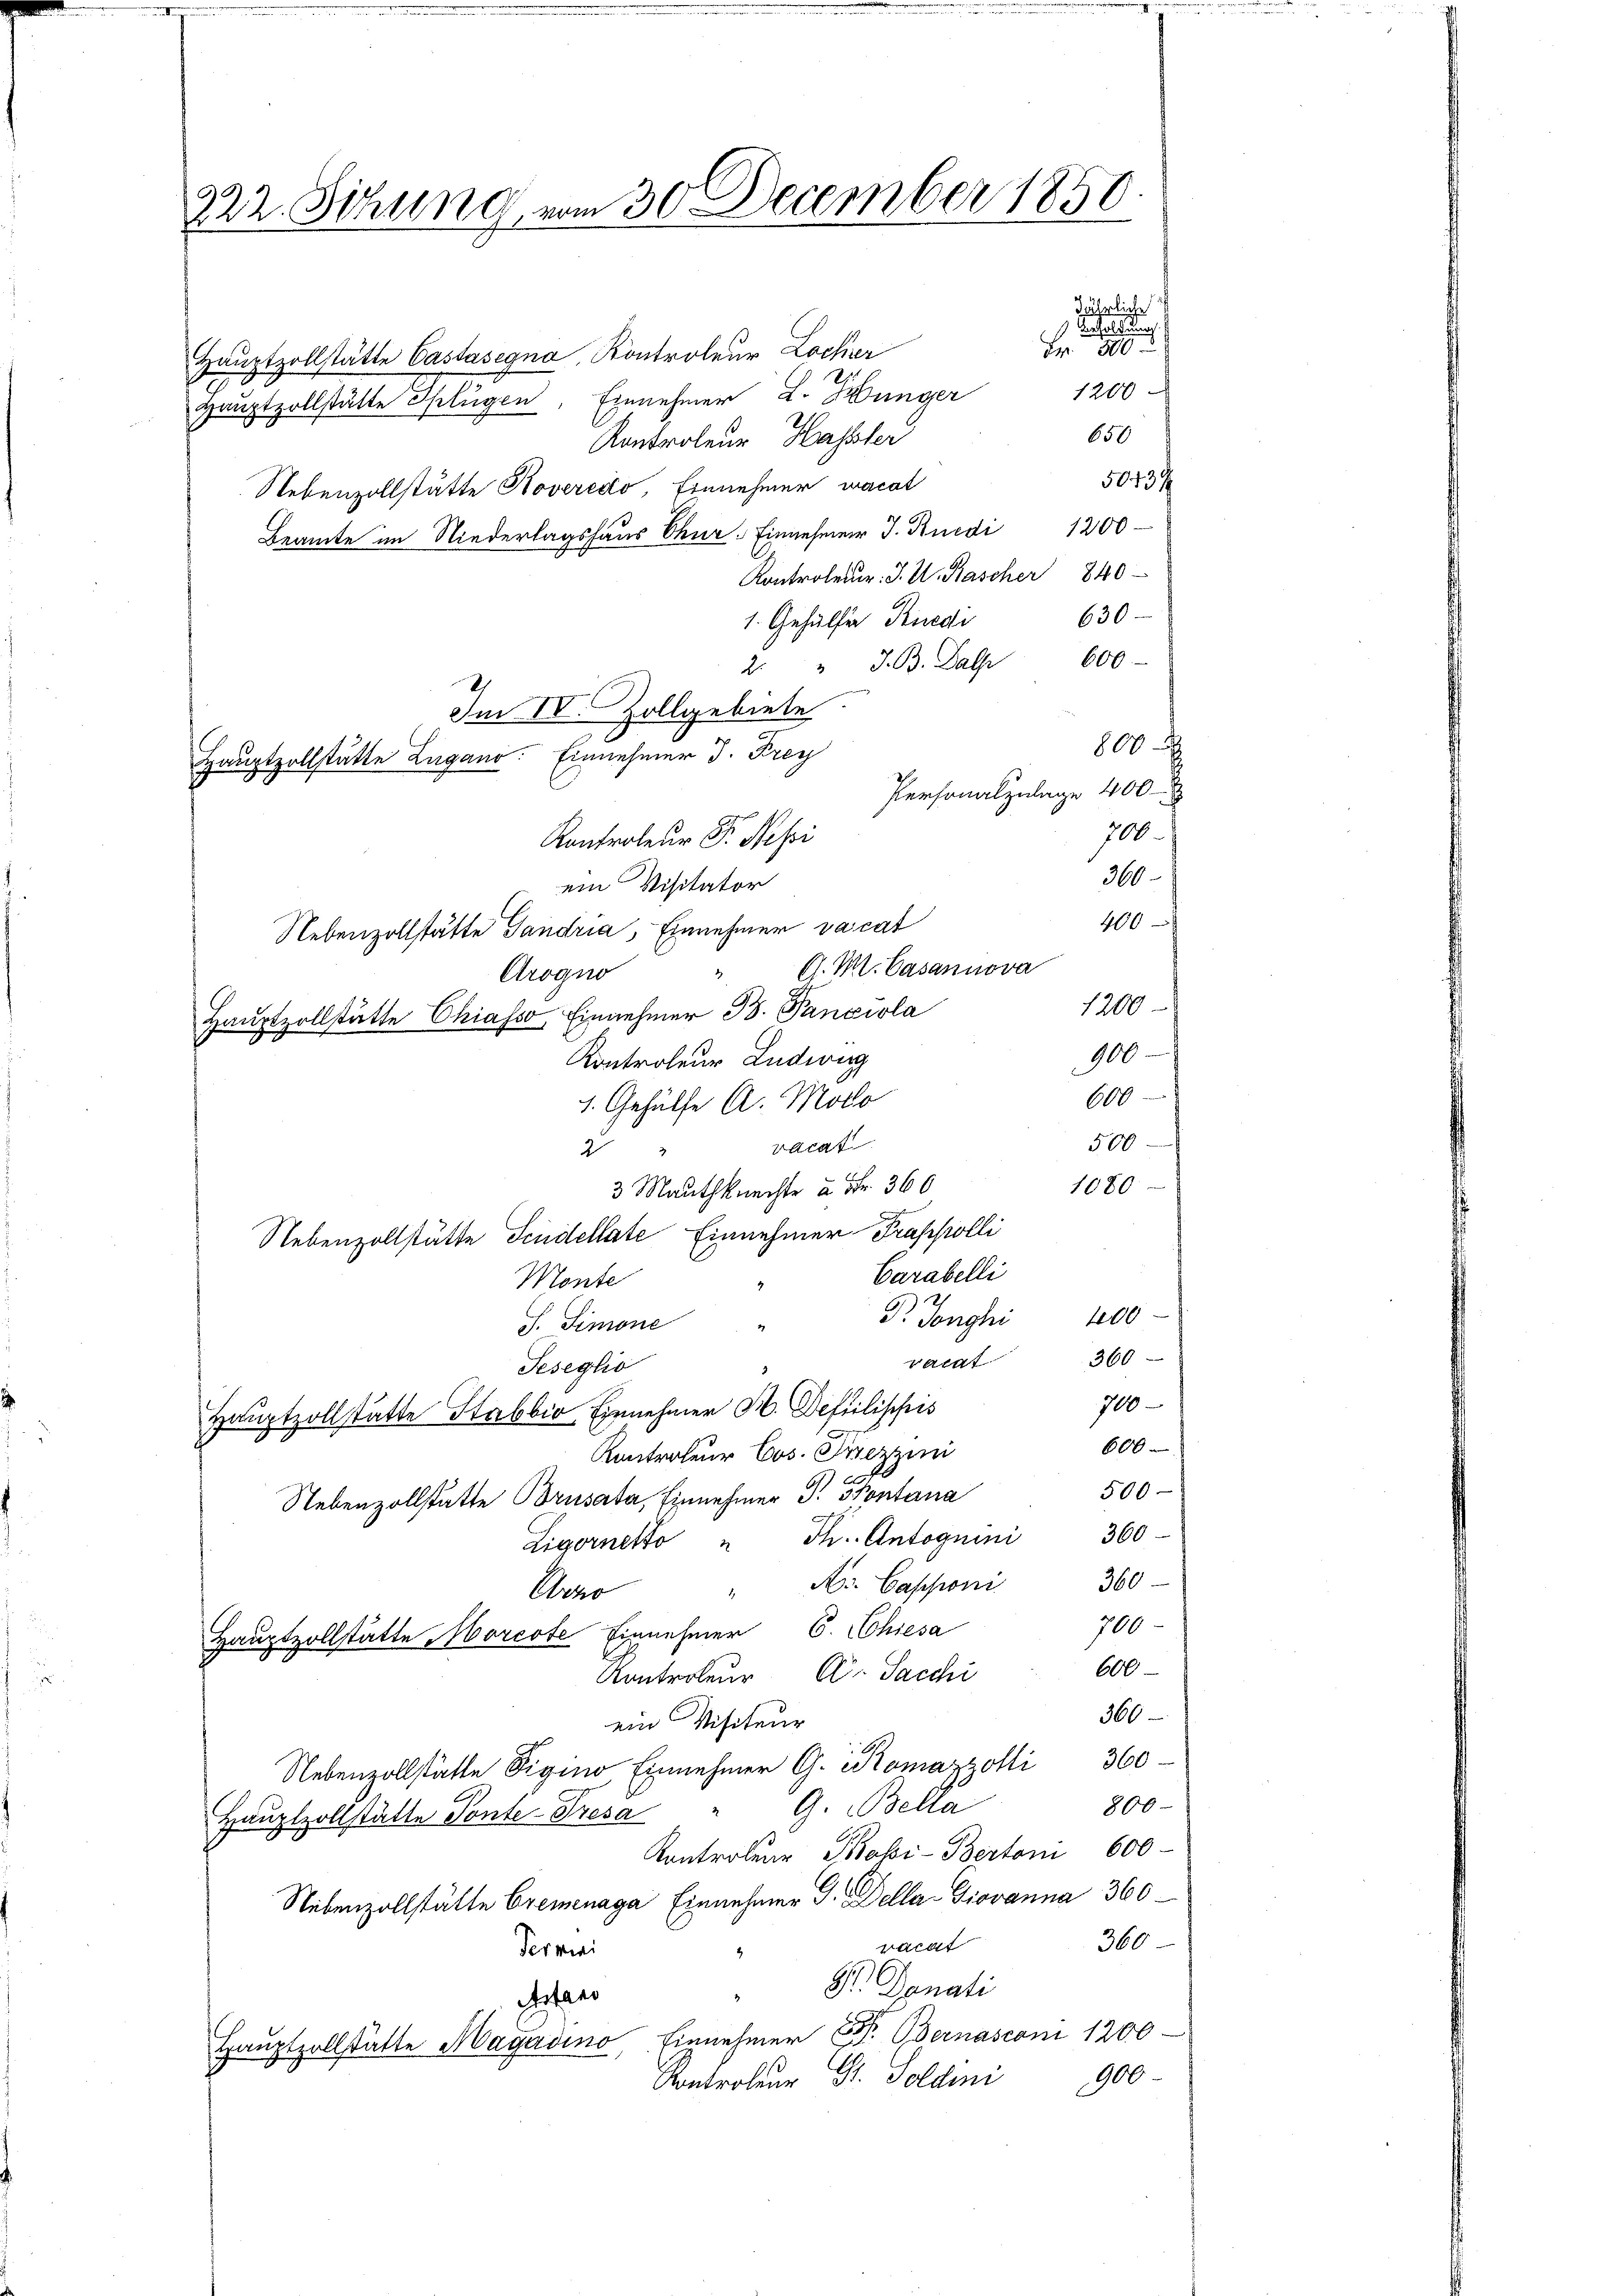
222. Sitzung vom 30. December 1850.

Hauptzollstätte Castasegna Kontroleur Locker
Hauptzollstätte Splügen, Einnehmer L. Münger
Kontroleur Hassler
50439
Nebenzollstätte Hoveredo Einnehmer wacat
Beamte im Niederlagshaus Chur, Einnehmen J. Rüedi 1200
Kontroleur. J. U. Kascher 840
630
1. Gehülfe Kredi
2. " J. B. Jahr 600.
800
Personalzulage 400
700
360
ein Visitator
400
Nebenzollstätte Gandria, Einnehmer vacat
" G. K. Casannova
Arogno
1200
Hauptzollstätte Chiasso Einnehmer B. Panxiola
900
Kontroleur Ludwig
600
1. Gehülfe A. Moto
500
vocat
2
1080
3 Mauthknechte à Fr. 366
Nebenzollstätte Seidellate Einnehmer Trappolli
Carabelli
Monte
7.
Pr. Songhi 400
J. Simone
360
waldt
Seseghio
700
Hauptzollstatte Stabbio Einnehmer H. Defiilippis
600
Kontroleur Cos. Pezzini
500
Nebenzollstätte Brusata, Einnehmer P. Pontana
Ligornetto " Fr. Antognini 360
360
" Hs. Cassioni
Aer
700
Hauptzollstätte Morcote Einnehmer C. Chiesa
600
Kontroleur C. Sacchi
360
ein Visiteur
Nebenzollstätte Sigina, Einnehmer G. Romazzolli 360.
800-
Hauptzollstätte Ponte-Tresa " G. Bella
Kontroler Passi-Berton 600
Nebenzollstätte Cremenaga Einnehmer I. Della-Giovanna 360
360
racht
Termini
S. Danati
etar
Haŭptzollstätte Magavino, Einnehmer C. Bernasconi 1200
Kontrolen St. Soldini 1900

Im IV. Zollgebiete
Hauptzollstätte Lugano. Einnehmer d. Frey
Kontroleur P. Nessi

Fr. 500
1200
650

jährliche
Besoldung